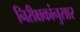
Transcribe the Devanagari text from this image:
निरीक्षकांनुसार